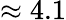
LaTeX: \approx 4.1